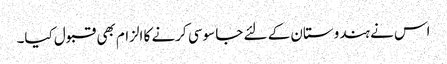
اس نے ہندوستان کے لئے جا سوسی کرنے کا الزام بھی قبول کیا۔